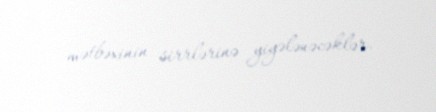
mətbəxinin sirrlərinə yiyələnəcəklər.